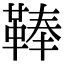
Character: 䩬